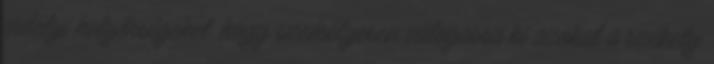
erdélyi helyőrségeket, hogy személyesen válogassa ki azokat a székely